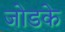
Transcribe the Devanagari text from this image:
जोडके